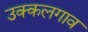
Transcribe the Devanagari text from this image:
उक्कलगाव